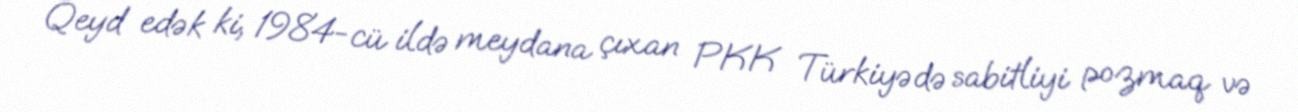
Qeyd edək ki, 1984-cü ildə meydana çıxan PKK Türkiyədə sabitliyi pozmaq və